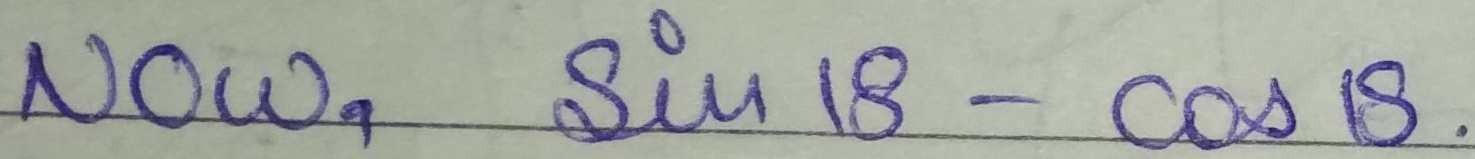
Now, \(\sin 18^{\circ}-\cos 18^{\circ}\).